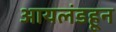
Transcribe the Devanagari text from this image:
आयलंडहून